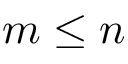
m \leq n